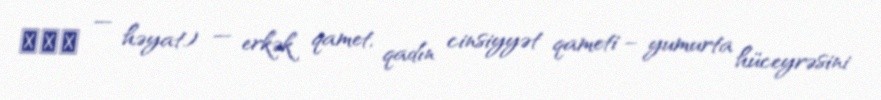
ζωή — həyat) — erkək qamet, qadın cinsiyyət qameti – yumurta hüceyrəsini